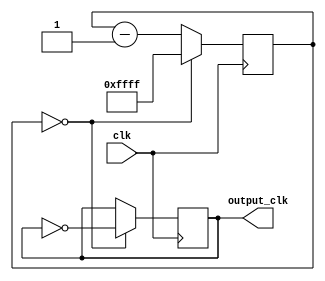
module frequency_divider (
    input wire clk,
    output wire output_clk
);

reg [31:0] counter;

always @(posedge clk) begin
    if (counter == 0) begin
        counter <= 16'hFFFF; // Divide input clock by 65536
        output_clk <= ~output_clk; // Toggle output clock
    end else begin
        counter <= counter - 1;
    end
end

endmodule